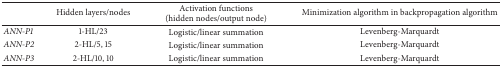
<table><thead><tr><td><b> </b></td><td><b>Hidden layers/nodes</b></td><td><b>Activation functions (hidden nodes/output node)</b></td><td><b>Minimization algorithm in backpropagation algorithm</b></td></tr></thead><tbody><tr><td><i>ANN-P1 </i></td><td>1-HL/23</td><td>Logistic/linear summation</td><td>Levenberg-Marquardt</td></tr><tr><td><i>ANN-P2 </i></td><td>2-HL/5, 15</td><td>Logistic/linear summation</td><td>Levenberg-Marquardt</td></tr><tr><td><i>ANN-P3 </i></td><td>2-HL/10, 10</td><td>Logistic/linear summation</td><td>Levenberg-Marquardt</td></tr></tbody></table>